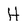
Character: H